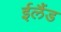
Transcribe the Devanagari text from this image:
ईलैंड